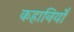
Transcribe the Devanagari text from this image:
कहानियोँ